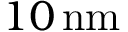
1 0 \, \mathrm { n m }